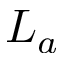
L _ { a }